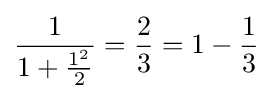
{\frac {1}{1+{\frac {1^{2}}{2}}}}={\frac {2}{3}}=1-{\frac {1}{3}}